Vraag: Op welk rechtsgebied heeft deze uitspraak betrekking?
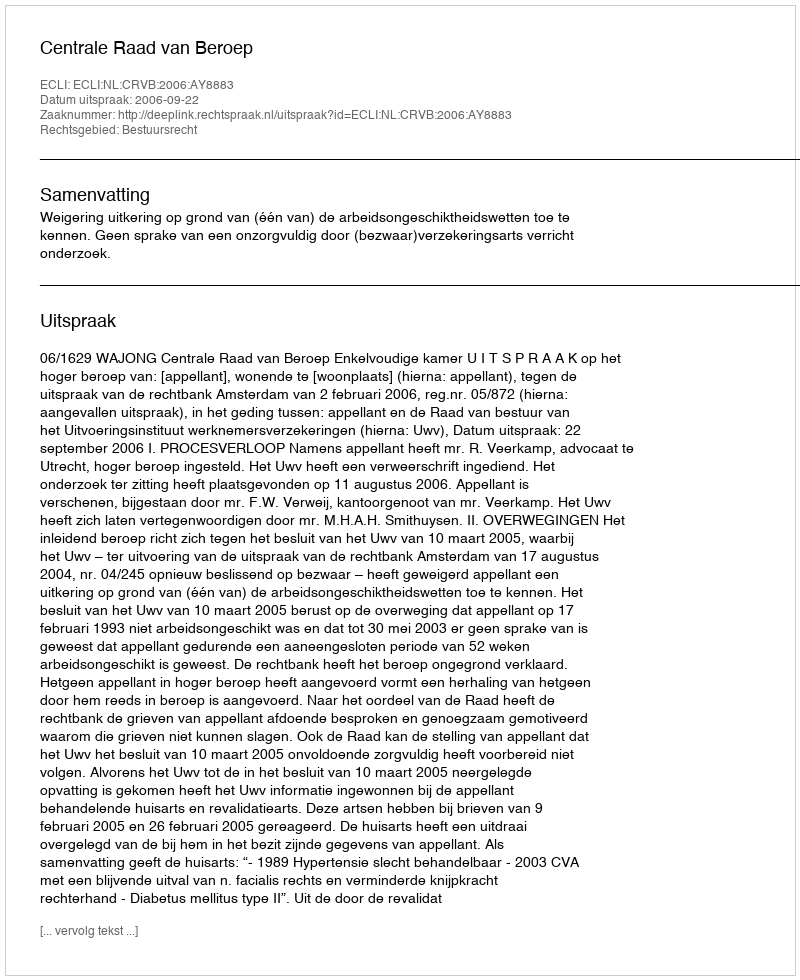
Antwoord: Bestuursrecht